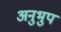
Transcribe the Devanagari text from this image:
अनुभुप